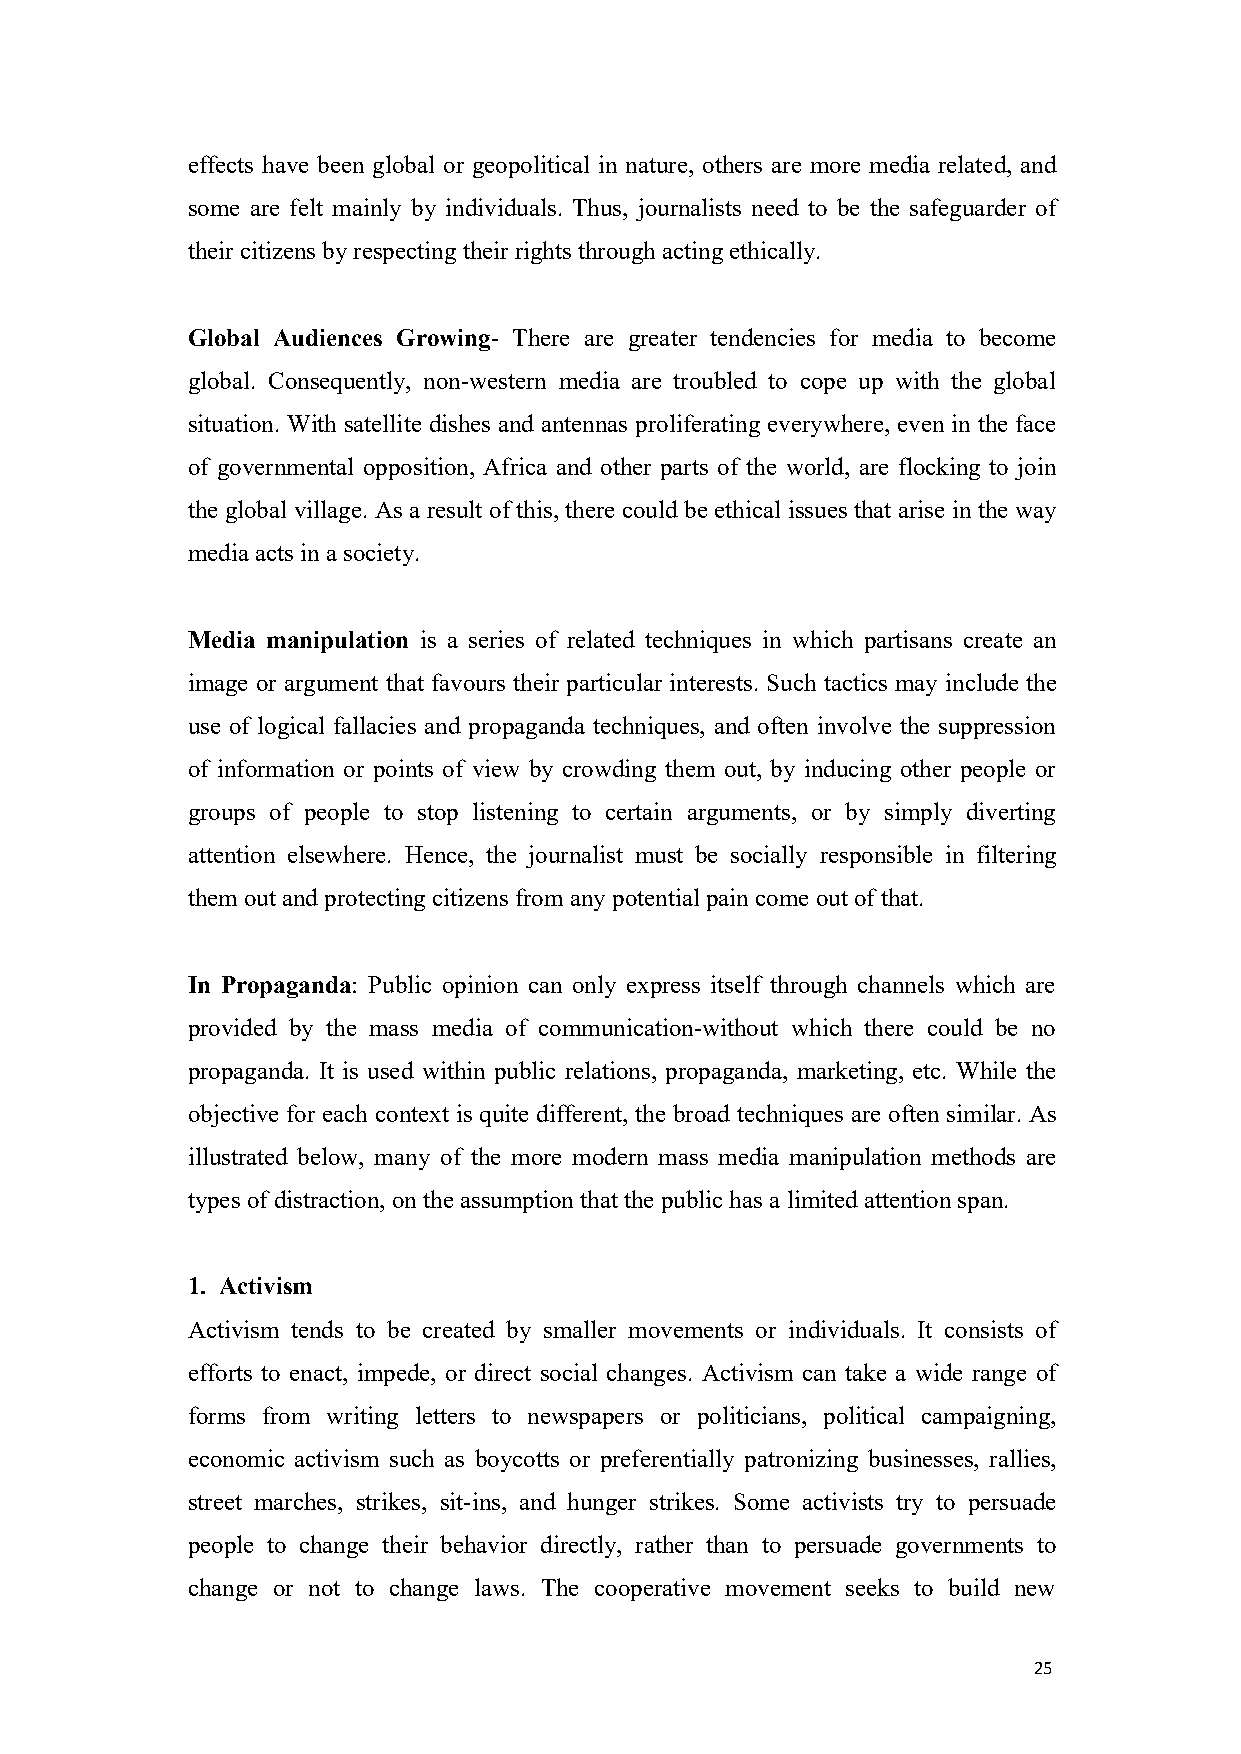
effects have been global or geopolitical in nature, others are more media related, and
 some are felt mainly by individuals. Thus, journalists need to be the safeguarder of
 theircitizensbyrespecting theirrights through acting ethically.
 Global Audiences Growing- There are greater tendencies for media to become
 global. Consequently, non-western media are troubled to cope up with the global
 situation. With satellite dishes and antennas proliferating everywhere, even in the face
 of governmental opposition, Africa and other parts of the world, are flocking to join
 the global village. As a result of this, there could be ethical issues that arise in the way
 mediaacts ina society.
 Media manipulation is a series of related techniques in which partisans create an
 image or argument that favours their particular interests. Such tactics may include the
 use of logical fallacies and propaganda techniques, and often involve the suppression
 of information or points of view by crowding them out, by inducing other people or
 groups of people to stop listening to certain arguments, or by simply diverting
 attention elsewhere. Hence, the journalist must be socially responsible in filtering
 them outand protecting citizens from any potentialpain comeout ofthat.
 In Propaganda: Public opinion can only express itself through channels which are
 provided by the mass media of communication-without which there could be no
 propaganda. It is used within public relations, propaganda, marketing, etc. While the
 objective for each context is quite different, the broad techniques are often similar. As
 illustrated below, many of the more modern mass media manipulation methods are
 types ofdistraction, ontheassumption that thepublichas alimited attention span.
 1. Activism
 Activism tends to be created by smaller movements or individuals. It consists of
 efforts to enact, impede, or direct social changes. Activism can take a wide range of
 forms from writing letters to newspapers or politicians, political campaigning,
 economic activism such as boycotts or preferentially patronizing businesses, rallies,
 street marches, strikes, sit-ins, and hunger strikes. Some activists try to persuade
 people to change their behavior directly, rather than to persuade governments to
 change or not to change laws. The cooperative movement seeks to build new
 25